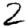
Digit: 2